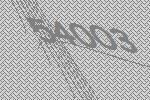
54003